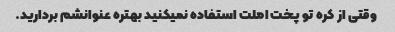
وقتی از کره تو پخت املت استفاده نمیکنید بهتره عنوانشم بردارید.